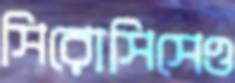
সিরোসিসেও